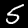
Label: 5